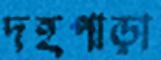
দহপাড়া